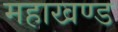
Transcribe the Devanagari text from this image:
महाखण्ड